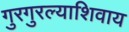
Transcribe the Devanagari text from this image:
गुरगुरल्याशिवाय